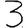
Digit: 3